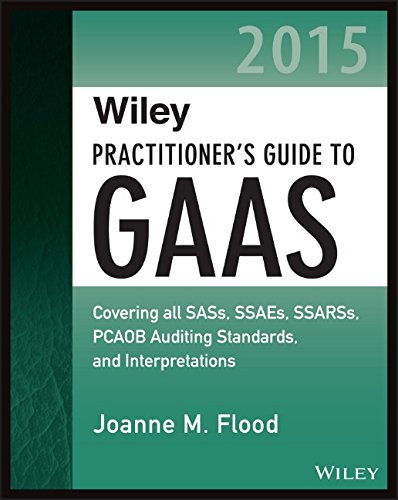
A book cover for Wiley Practitioner's Guide to GAAS 2015: Covering all SASs, SSAEs, SSARSs, PCAOB Auditing Standards, and Interpretations (Wiley Regulatory Reporting); Joanne M. Flood; Business & Money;